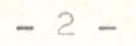
- 2 -